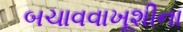
બચાવવાખૂશીના